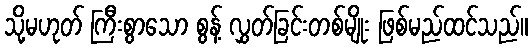
သို့မဟုတ် ကြီးစွာသော စွန့် လွှတ်ခြင်းတစ်မျိုး ဖြစ်မည်ထင်သည်။